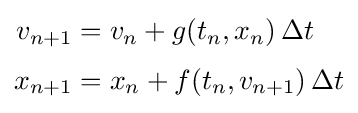
{\begin{aligned}v_{n+1}&=v_{n}+g(t_{n},x_{n})\,\Delta t\\[0.3em]x_{n+1}&=x_{n}+f(t_{n},v_{n+1})\,\Delta t\end{aligned}}